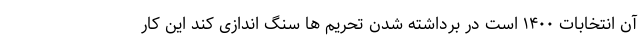
آن انتخابات ۱۴۰۰ است در برداشته شدن تحریم ها سنگ اندازی کند این کار